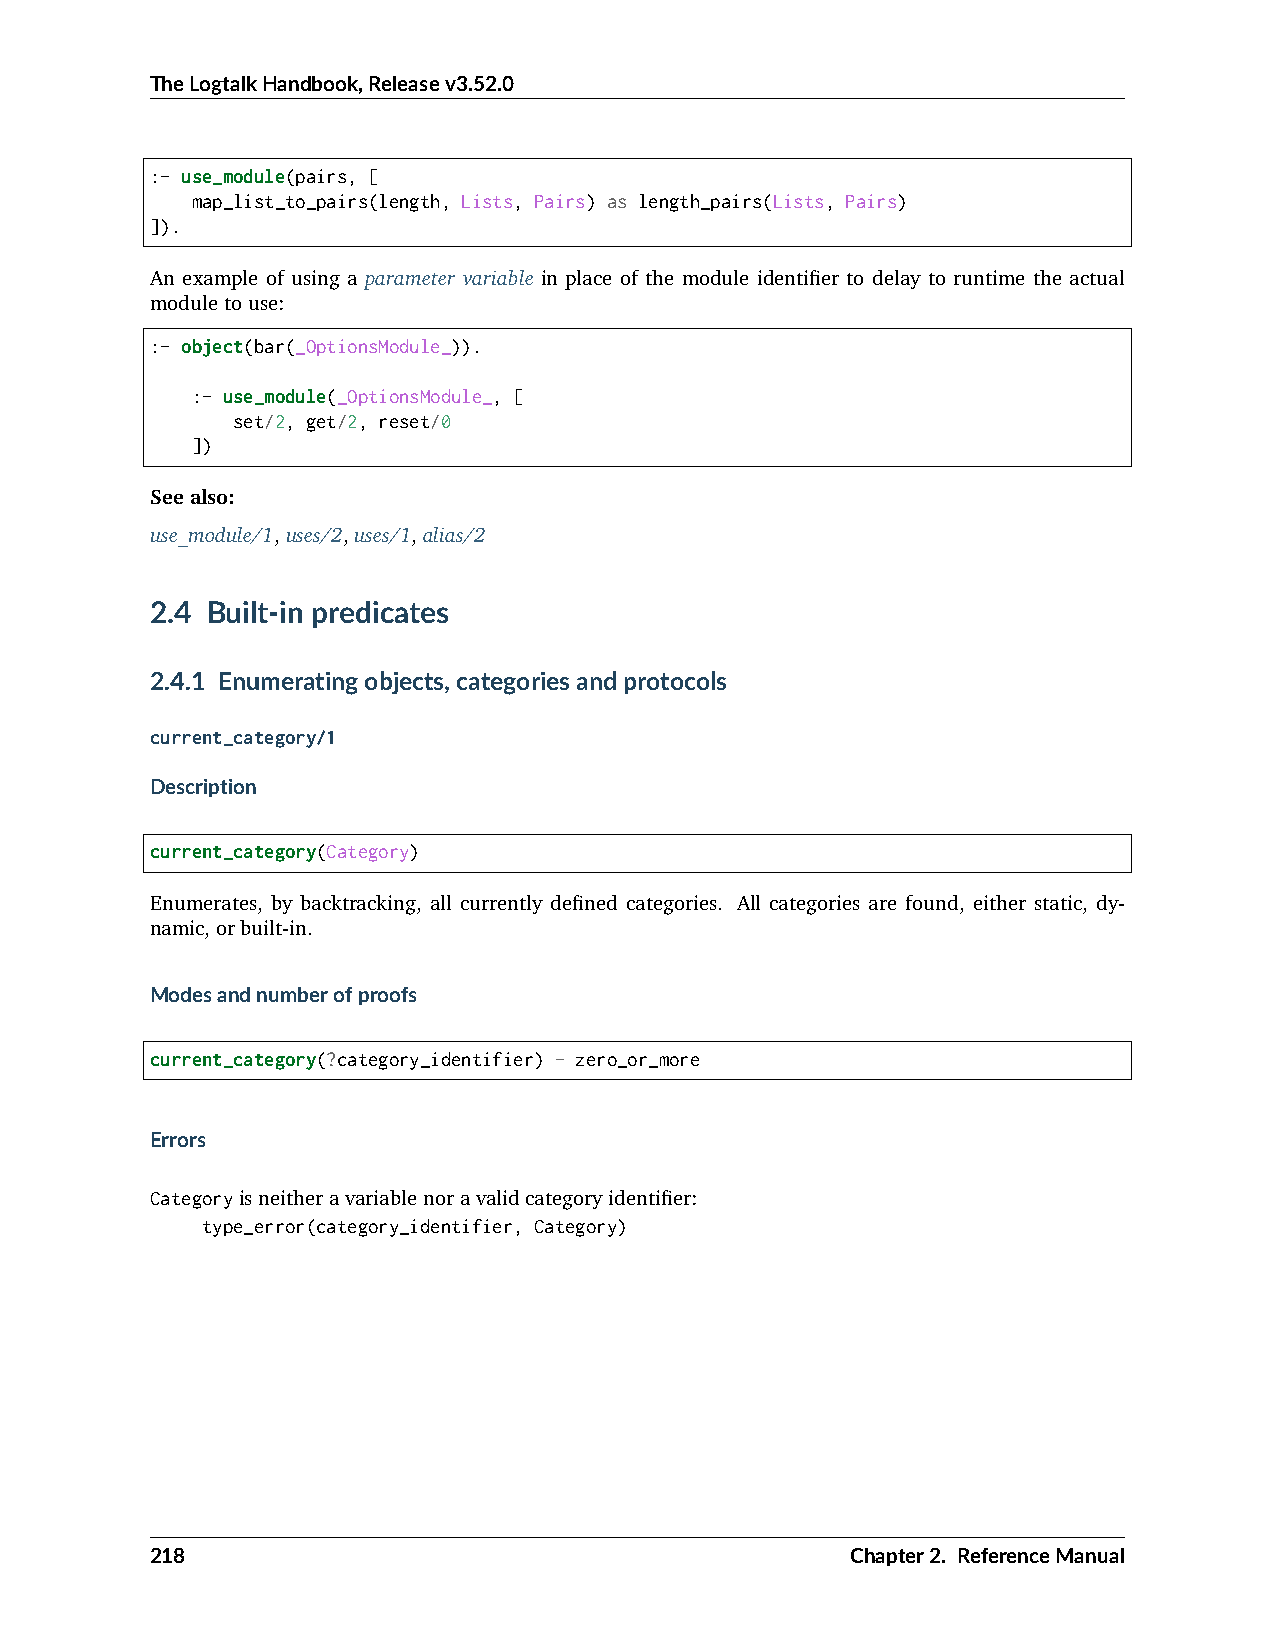
TheLogtalkHandbook,Releasev3.52.0
 :- use_module(pairs, [
 map_list_to_pairs(length, Lists, Pairs) as length_pairs(Lists, Pairs)
 ]).
 An example of using a parameter variable in place of the module identifier to delay to runtime the actual
 moduletouse:
 :- object(bar(_OptionsModule_)).
 :- use_module(_OptionsModule_, [
 set/2, get/2, reset/0
 ])
 Seealso:
 use_module/1,uses/2,uses/1,alias/2
 2.4 Built-in predicates
 2.4.1 Enumeratingobjects,categoriesandprotocols
 current_category/1
 Description
 current_category(Category)
 Enumerates, by backtracking, all currently defined categories. All categories are found, either static, dy-
 namic,orbuilt-in.
 Modesandnumberofproofs
 current_category(?category_identifier) - zero_or_more
 Errors
 Categoryisneitheravariablenoravalidcategoryidentifier:
 type_error(category_identifier, Category)
 218                                           Chapter2. ReferenceManual